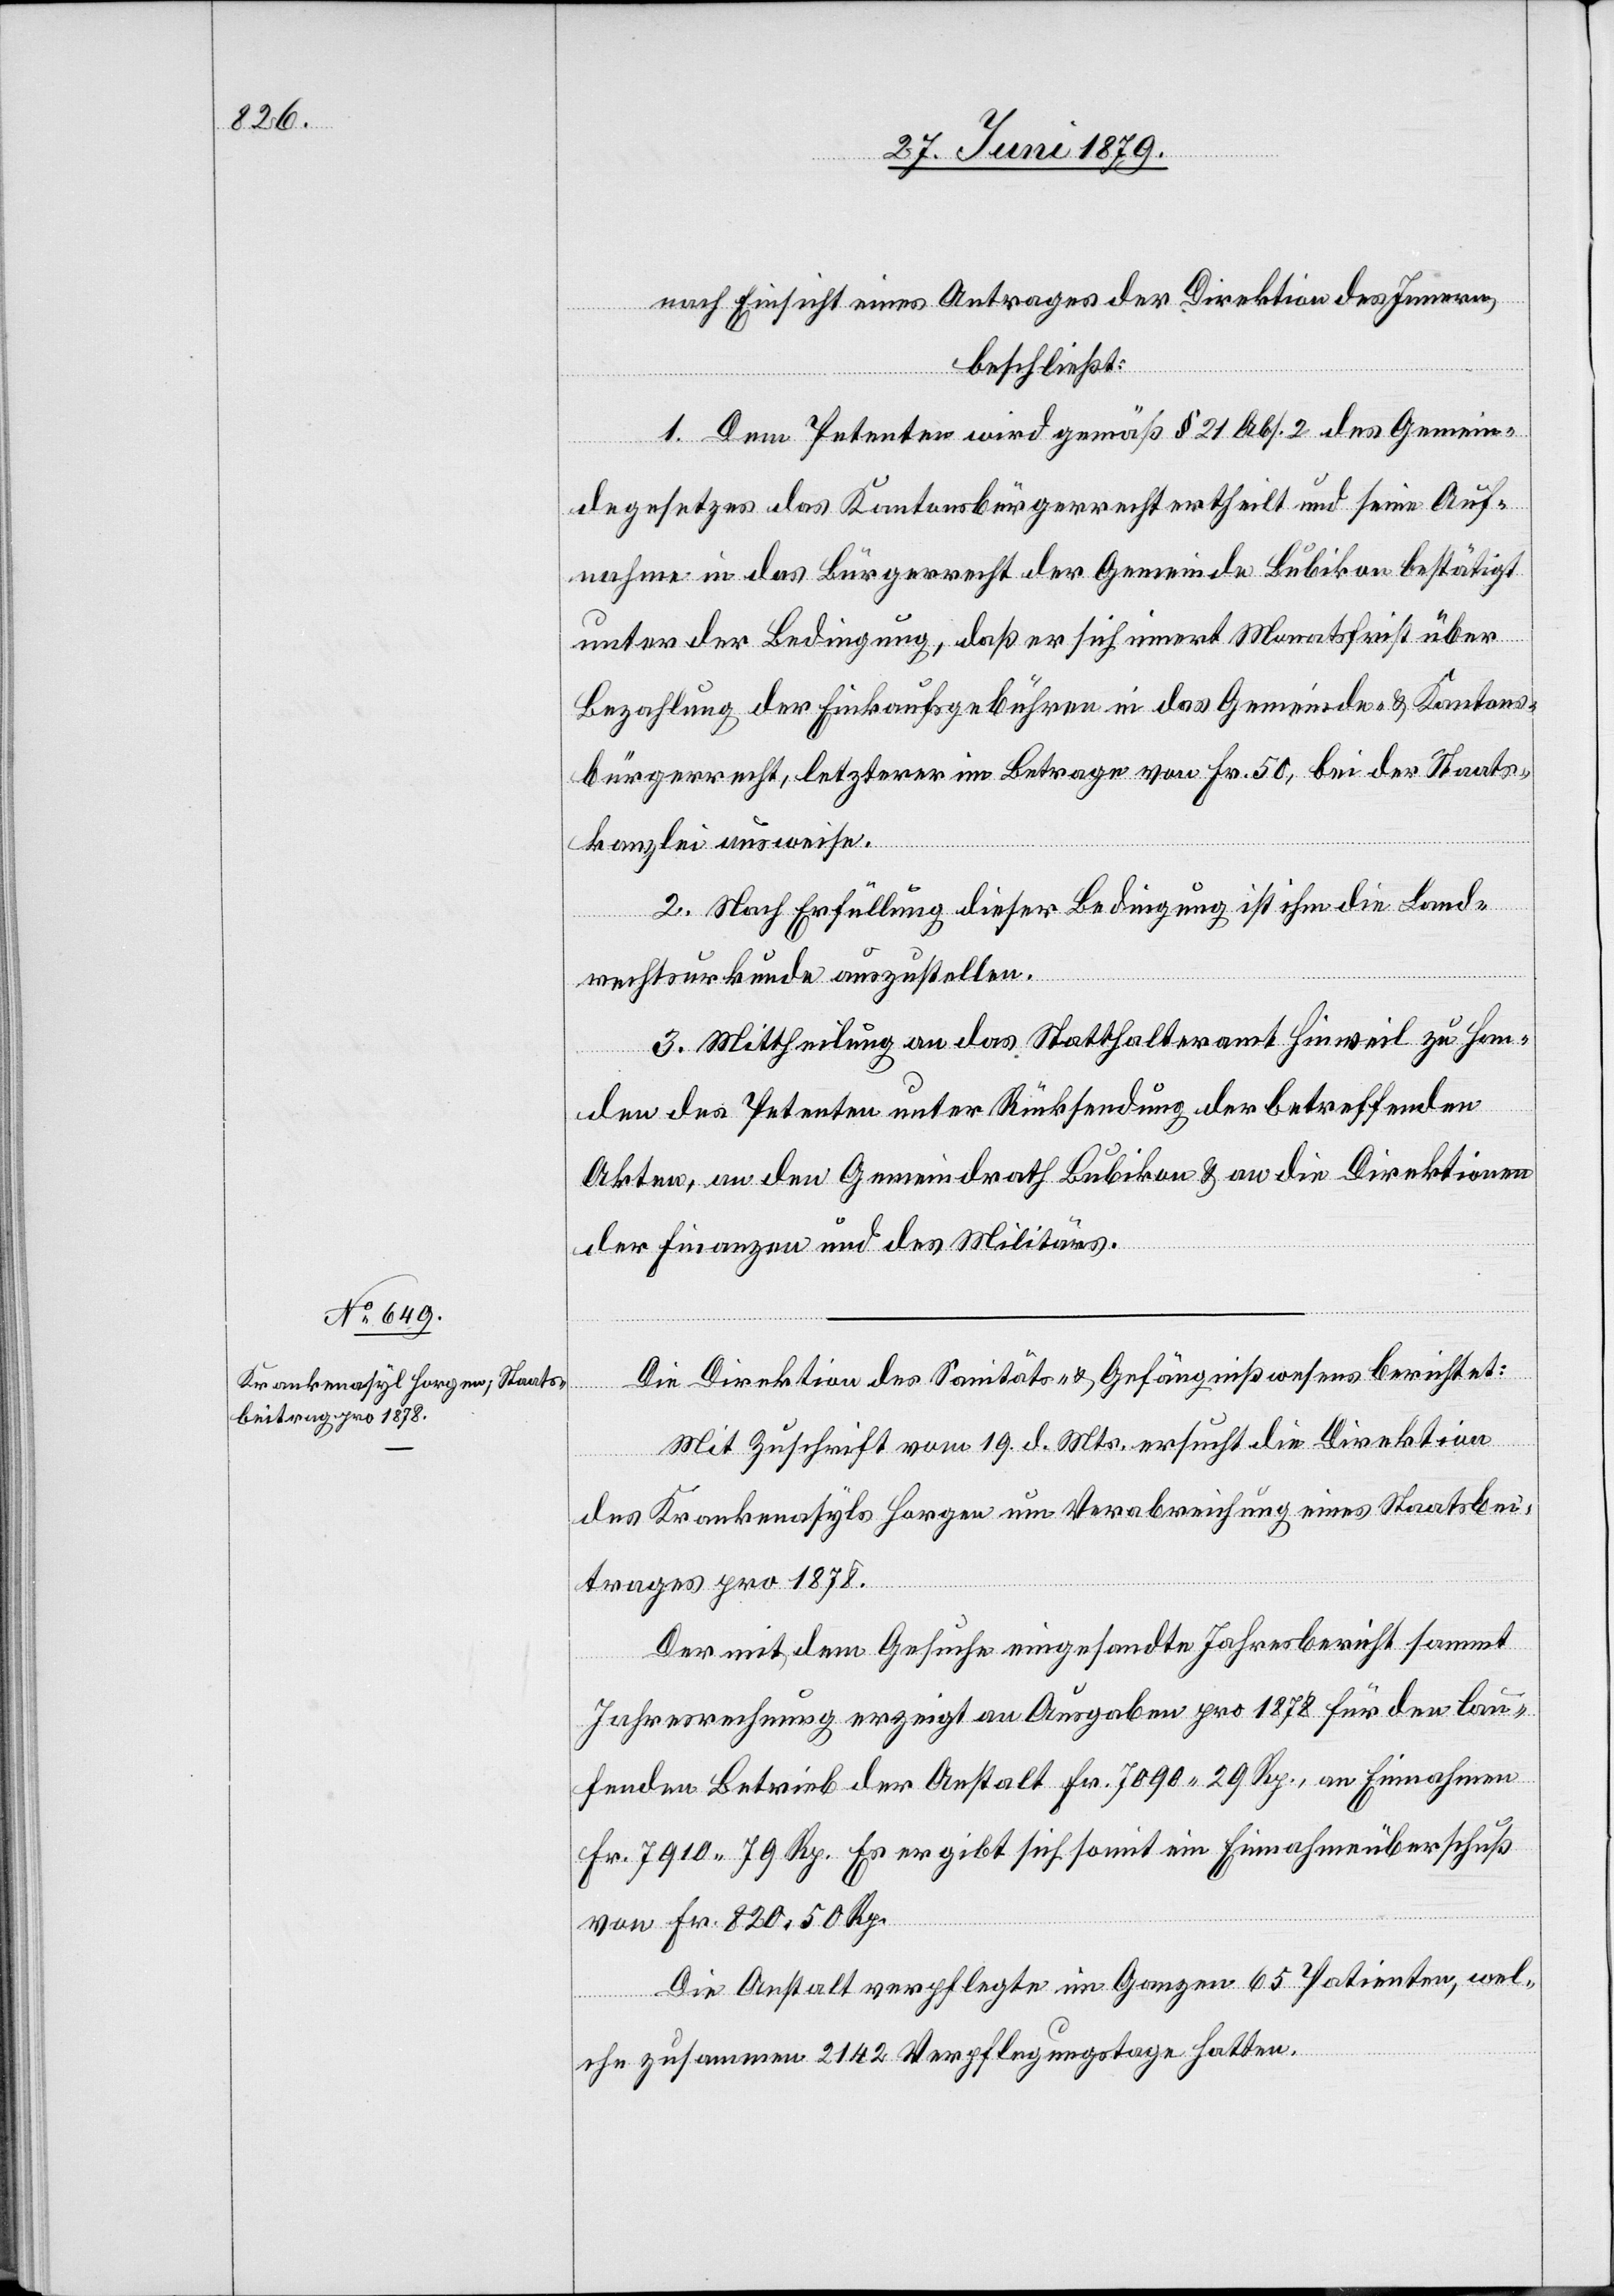
nach Einsicht eines Antrages der Direktion des Innern,
beschließt:
1. Dem Petenten wird gemäß § 21 Abs. 2 des Gemein¬
degesetzes das Kantonsbürgerrecht ertheilt und seine Auf¬
nahme in das Bürgerrecht der Gemeinde Bubikon bestätigt
unter der Bedingung, daß er sich innert Monatsfrist über
Bezahlung der Einkaufsgebühren in das Gemeinde- & Kantons¬
bürgerrecht, letzterer im Betrage von Fr. 50, bei der Staats¬
kanzlei ausweise.
2. Nach Erfüllung dieser Bedingung ist ihm die Land¬
rechtsurkunde auszustellen.
3. Mittheilung an das Statthalteramt Hinweil zu Han¬
den des Petenten unter Rücksendung der betreffenden
Akten, an den Gemeindrath Bubikon & an die Direktionen
der Finanzen und des Militärs.
Die Direktion des Sanitäts- & Gefängnißwesens berichtet:
Mit Zuschrift vom 19. d. Mts. ersucht die Direktion
des Krankenasyls Horgen um Verabreichung eines Staatsbei¬
trages pro 1878.
Der mit dem Gesuche eingesandte Jahresbericht sammt
Jahresrechnung erzeigt an Ausgaben pro 1878 für den lau¬
fenden Betrieb der Anstalt Fr. 7090 29 Rp., an Einnahmen
Fr. 7910 79 Rp. Es ergibt sich somit ein Einnahmeüberschuß
von Fr. 820 50 Rp.
Die Anstalt verpflegte im Ganzen 65 Patienten, wel¬
che zusammen 2142 Verpflegungstage hatten.